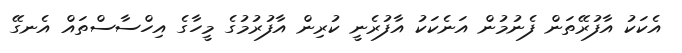
އެކަކު އާފުރޭތަން ފެނުމުން އަނެކަކު އާފުރެނީ ކުރިން އާފުރުމުގެ މީހާގެ އިހްސާސްތައް އެނގޭ